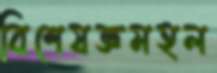
বিশেষজ্ঞমহল